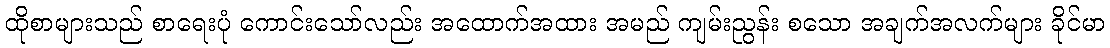
ထိုစာများသည် စာရေးပုံ ကောင်းသော်လည်း အထောက်အထား အမည် ကျမ်းညွန်း စသော အချက်အလက်များ ခိုင်မာ